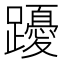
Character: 𨇄